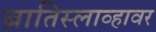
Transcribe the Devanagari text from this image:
ब्रातिस्लाव्हावर